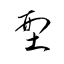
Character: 型